38_143685_box7_Incident_Summaries_1-100
Agency: Department of War
Page 74
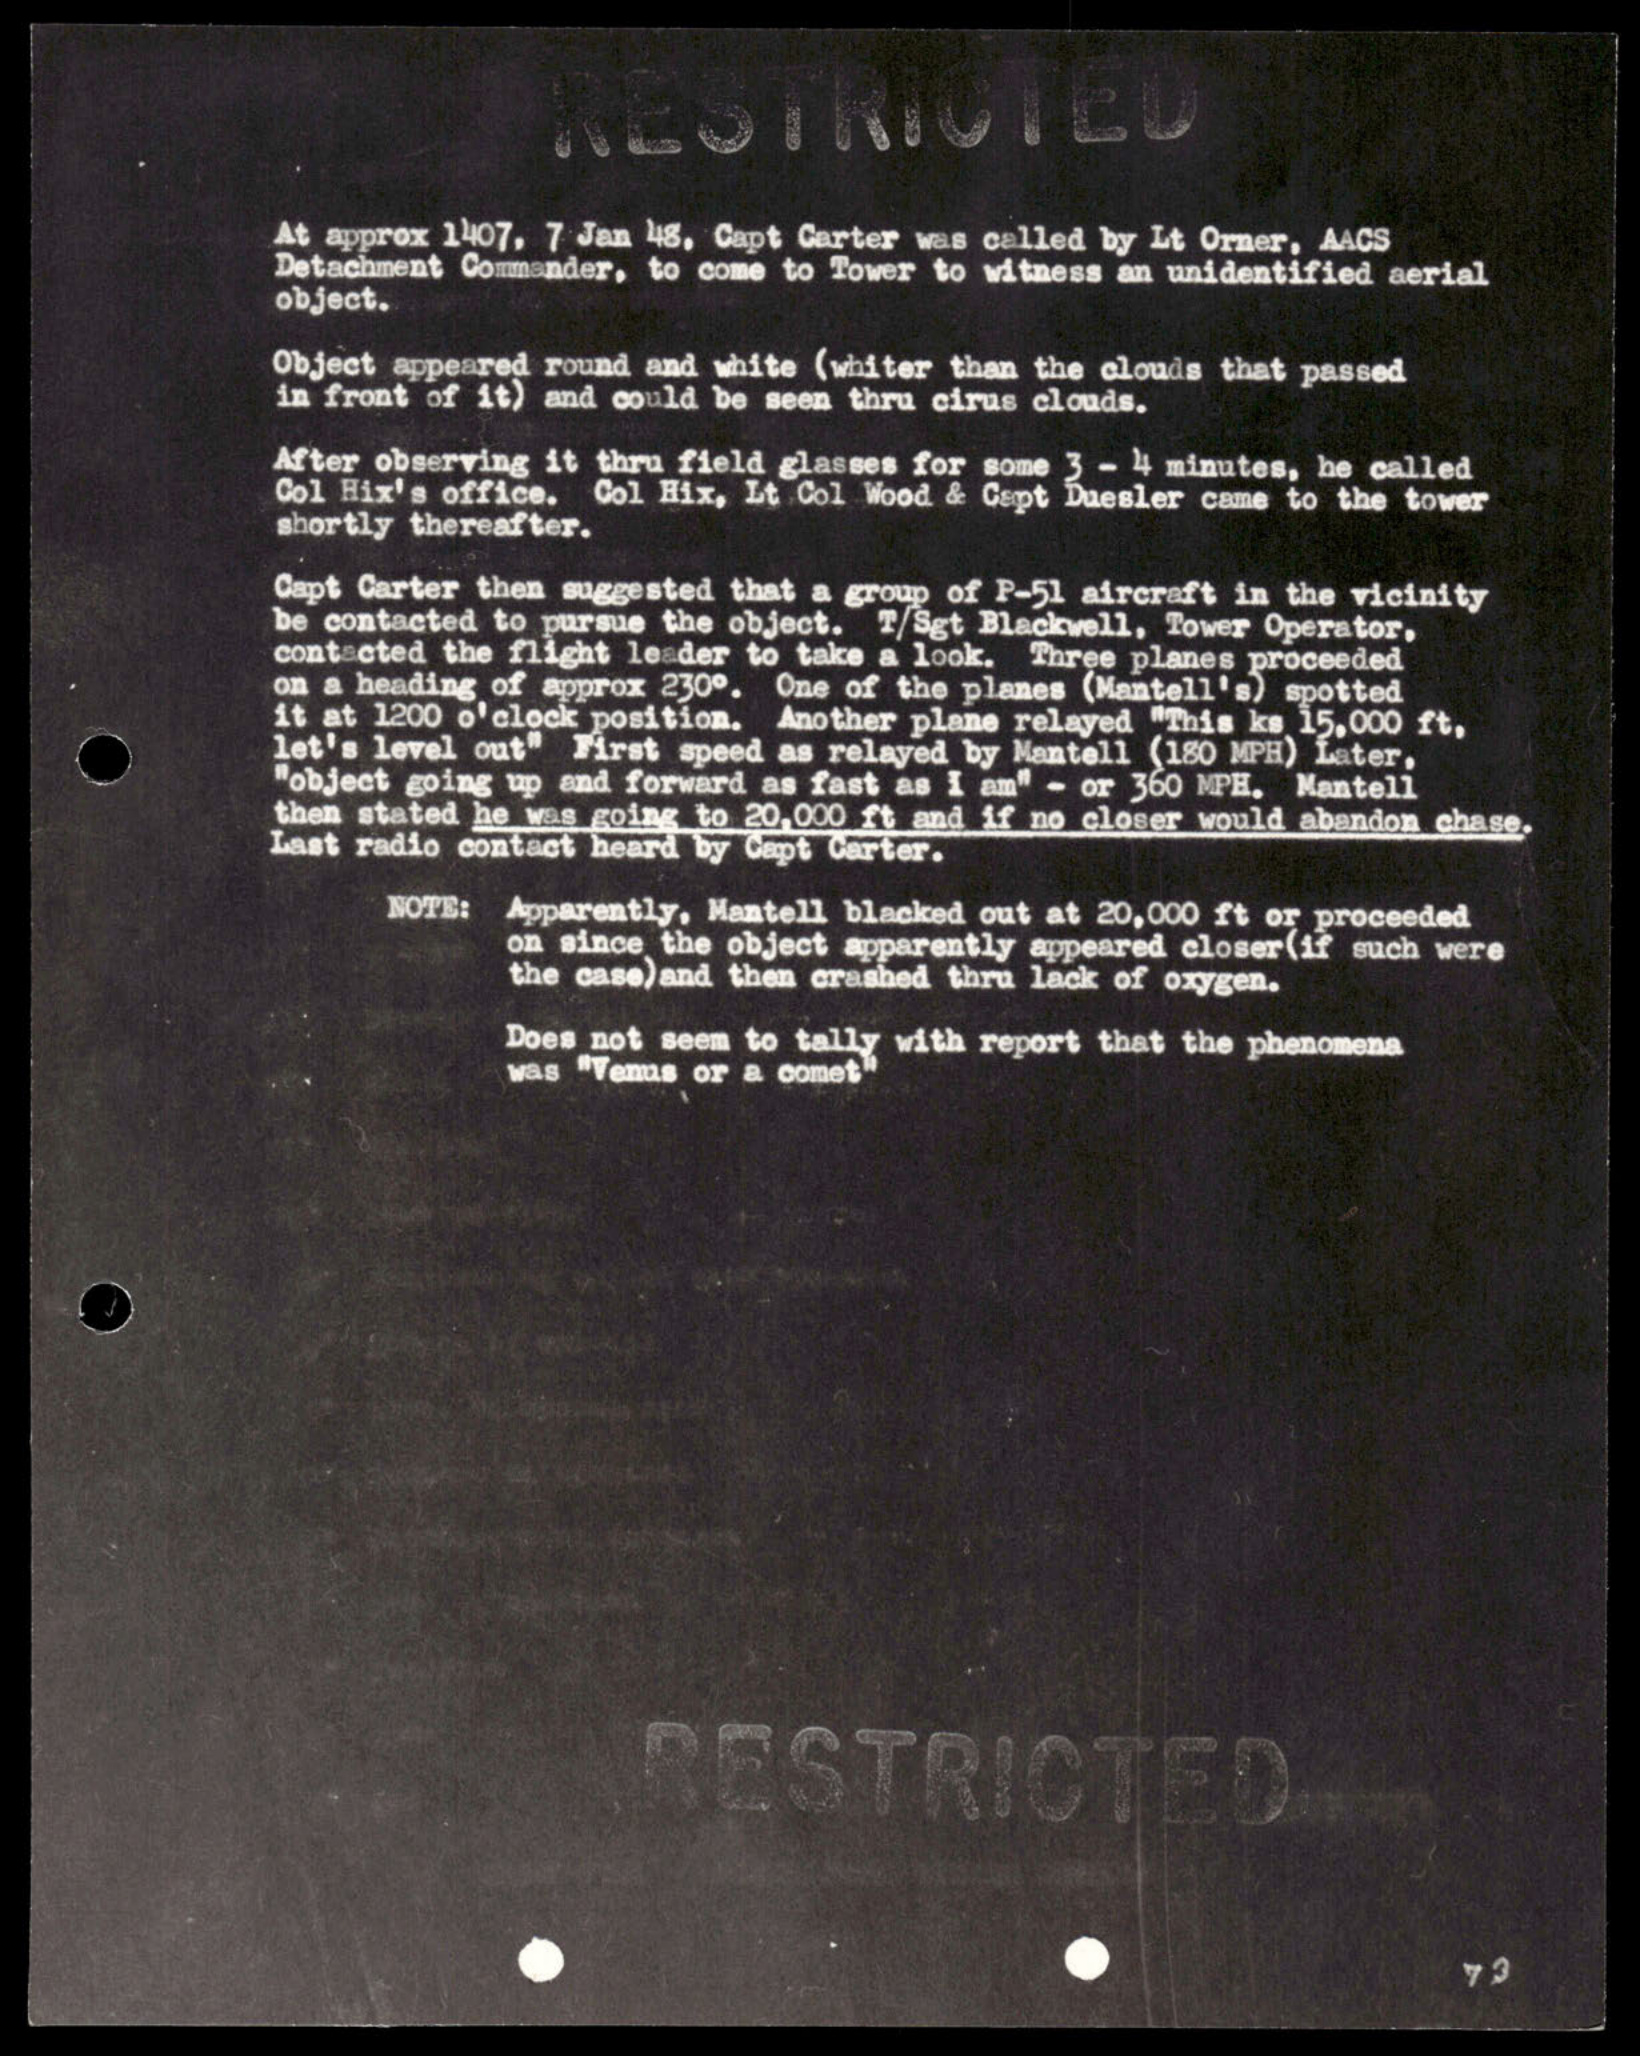